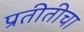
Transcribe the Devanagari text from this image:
प्रतीतीचा